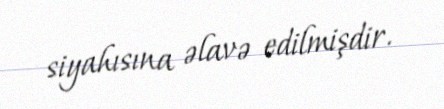
siyahısına əlavə edilmişdir.